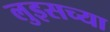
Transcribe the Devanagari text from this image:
लुइसच्या